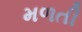
મળતી